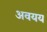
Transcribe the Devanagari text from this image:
अवयय